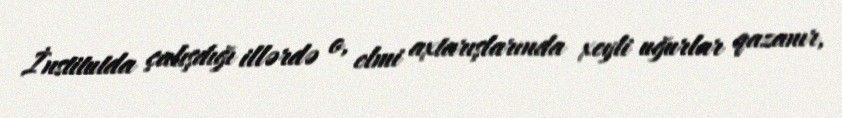
İnstitutda çalışdığı illərdə o, elmi axtarışlarında xeyli uğurlar qazanır,